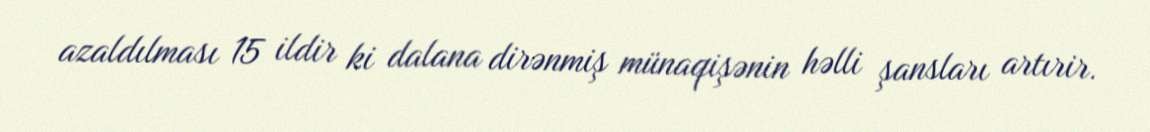
azaldılması 15 ildir ki dalana dirənmiş münaqişənin həlli şansları artırir.